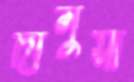
দানুয়া